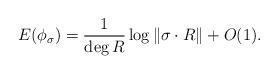
LaTeX: \begin{align*}E(\phi_\sigma)=\frac{1}{\deg R}\log\|\sigma\cdot R\|+O(1). \end{align*}